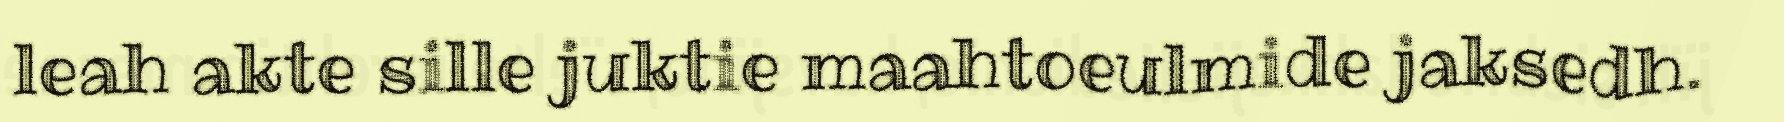
leah akte sille juktie maahtoeulmide jaksedh.